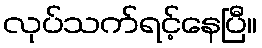
လုပ်သက်ရင့်နေပြီ။